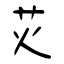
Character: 苂